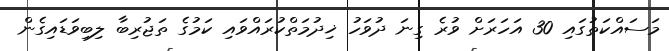
މަސައްކަތުގައި 30 އަހަރަށް ވުރެ ގިނަ ދުވަހު ޚިދުމަތްކުރައްވައި ކަމުގެ ތަޖުރިބާ ލިބިވަޑައިގެން